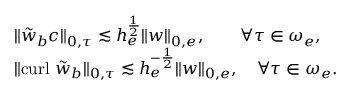
\begin{array} { r l } & { \| \tilde { \boldsymbol { w } } _ { b } c \| _ { 0 , \tau } \lesssim h _ { e } ^ { \frac { 1 } { 2 } } \| \boldsymbol { w } \| _ { 0 , e } , \quad \quad \forall \tau \in \omega _ { e } , } \\ & { \| \mathrm { c u r l } ~ \tilde { \boldsymbol { w } } _ { b } \| _ { 0 , \tau } \lesssim h _ { e } ^ { - \frac { 1 } { 2 } } \| \boldsymbol { w } \| _ { 0 , e } , \quad \forall \tau \in \omega _ { e } . } \end{array}